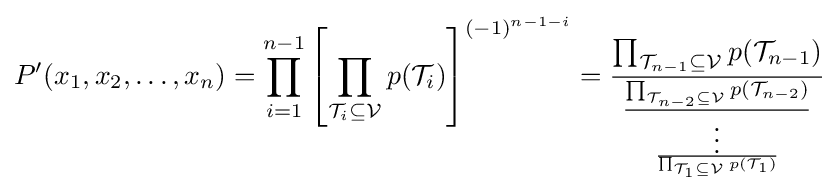
P^{\prime }(x_{1},x_{2},\ldots ,x_{n})=\prod _{i=1}^{n-1}\left[\prod _{{\mathcal {T}}_{i}\subseteq {\mathcal {V}}}p({\mathcal {T}}_{i})\right]^{(-1)^{n-1-i}}={\frac {\prod _{{\mathcal {T}}_{n-1}\subseteq {\mathcal {V}}}p({\mathcal {T}}_{n-1})}{\frac {\prod _{{\mathcal {T}}_{n-2}\subseteq {\mathcal {V}}}p({\mathcal {T}}_{n-2})}{\frac {\vdots }{\prod _{{\mathcal {T}}_{1}\subseteq {\mathcal {V}}}p({\mathcal {T}}_{1})}}}}